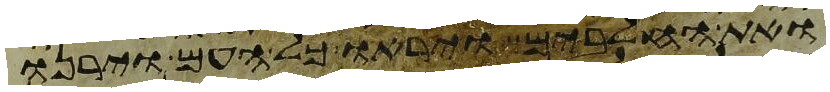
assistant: ואת החלבים ויראו כל העם וירנו